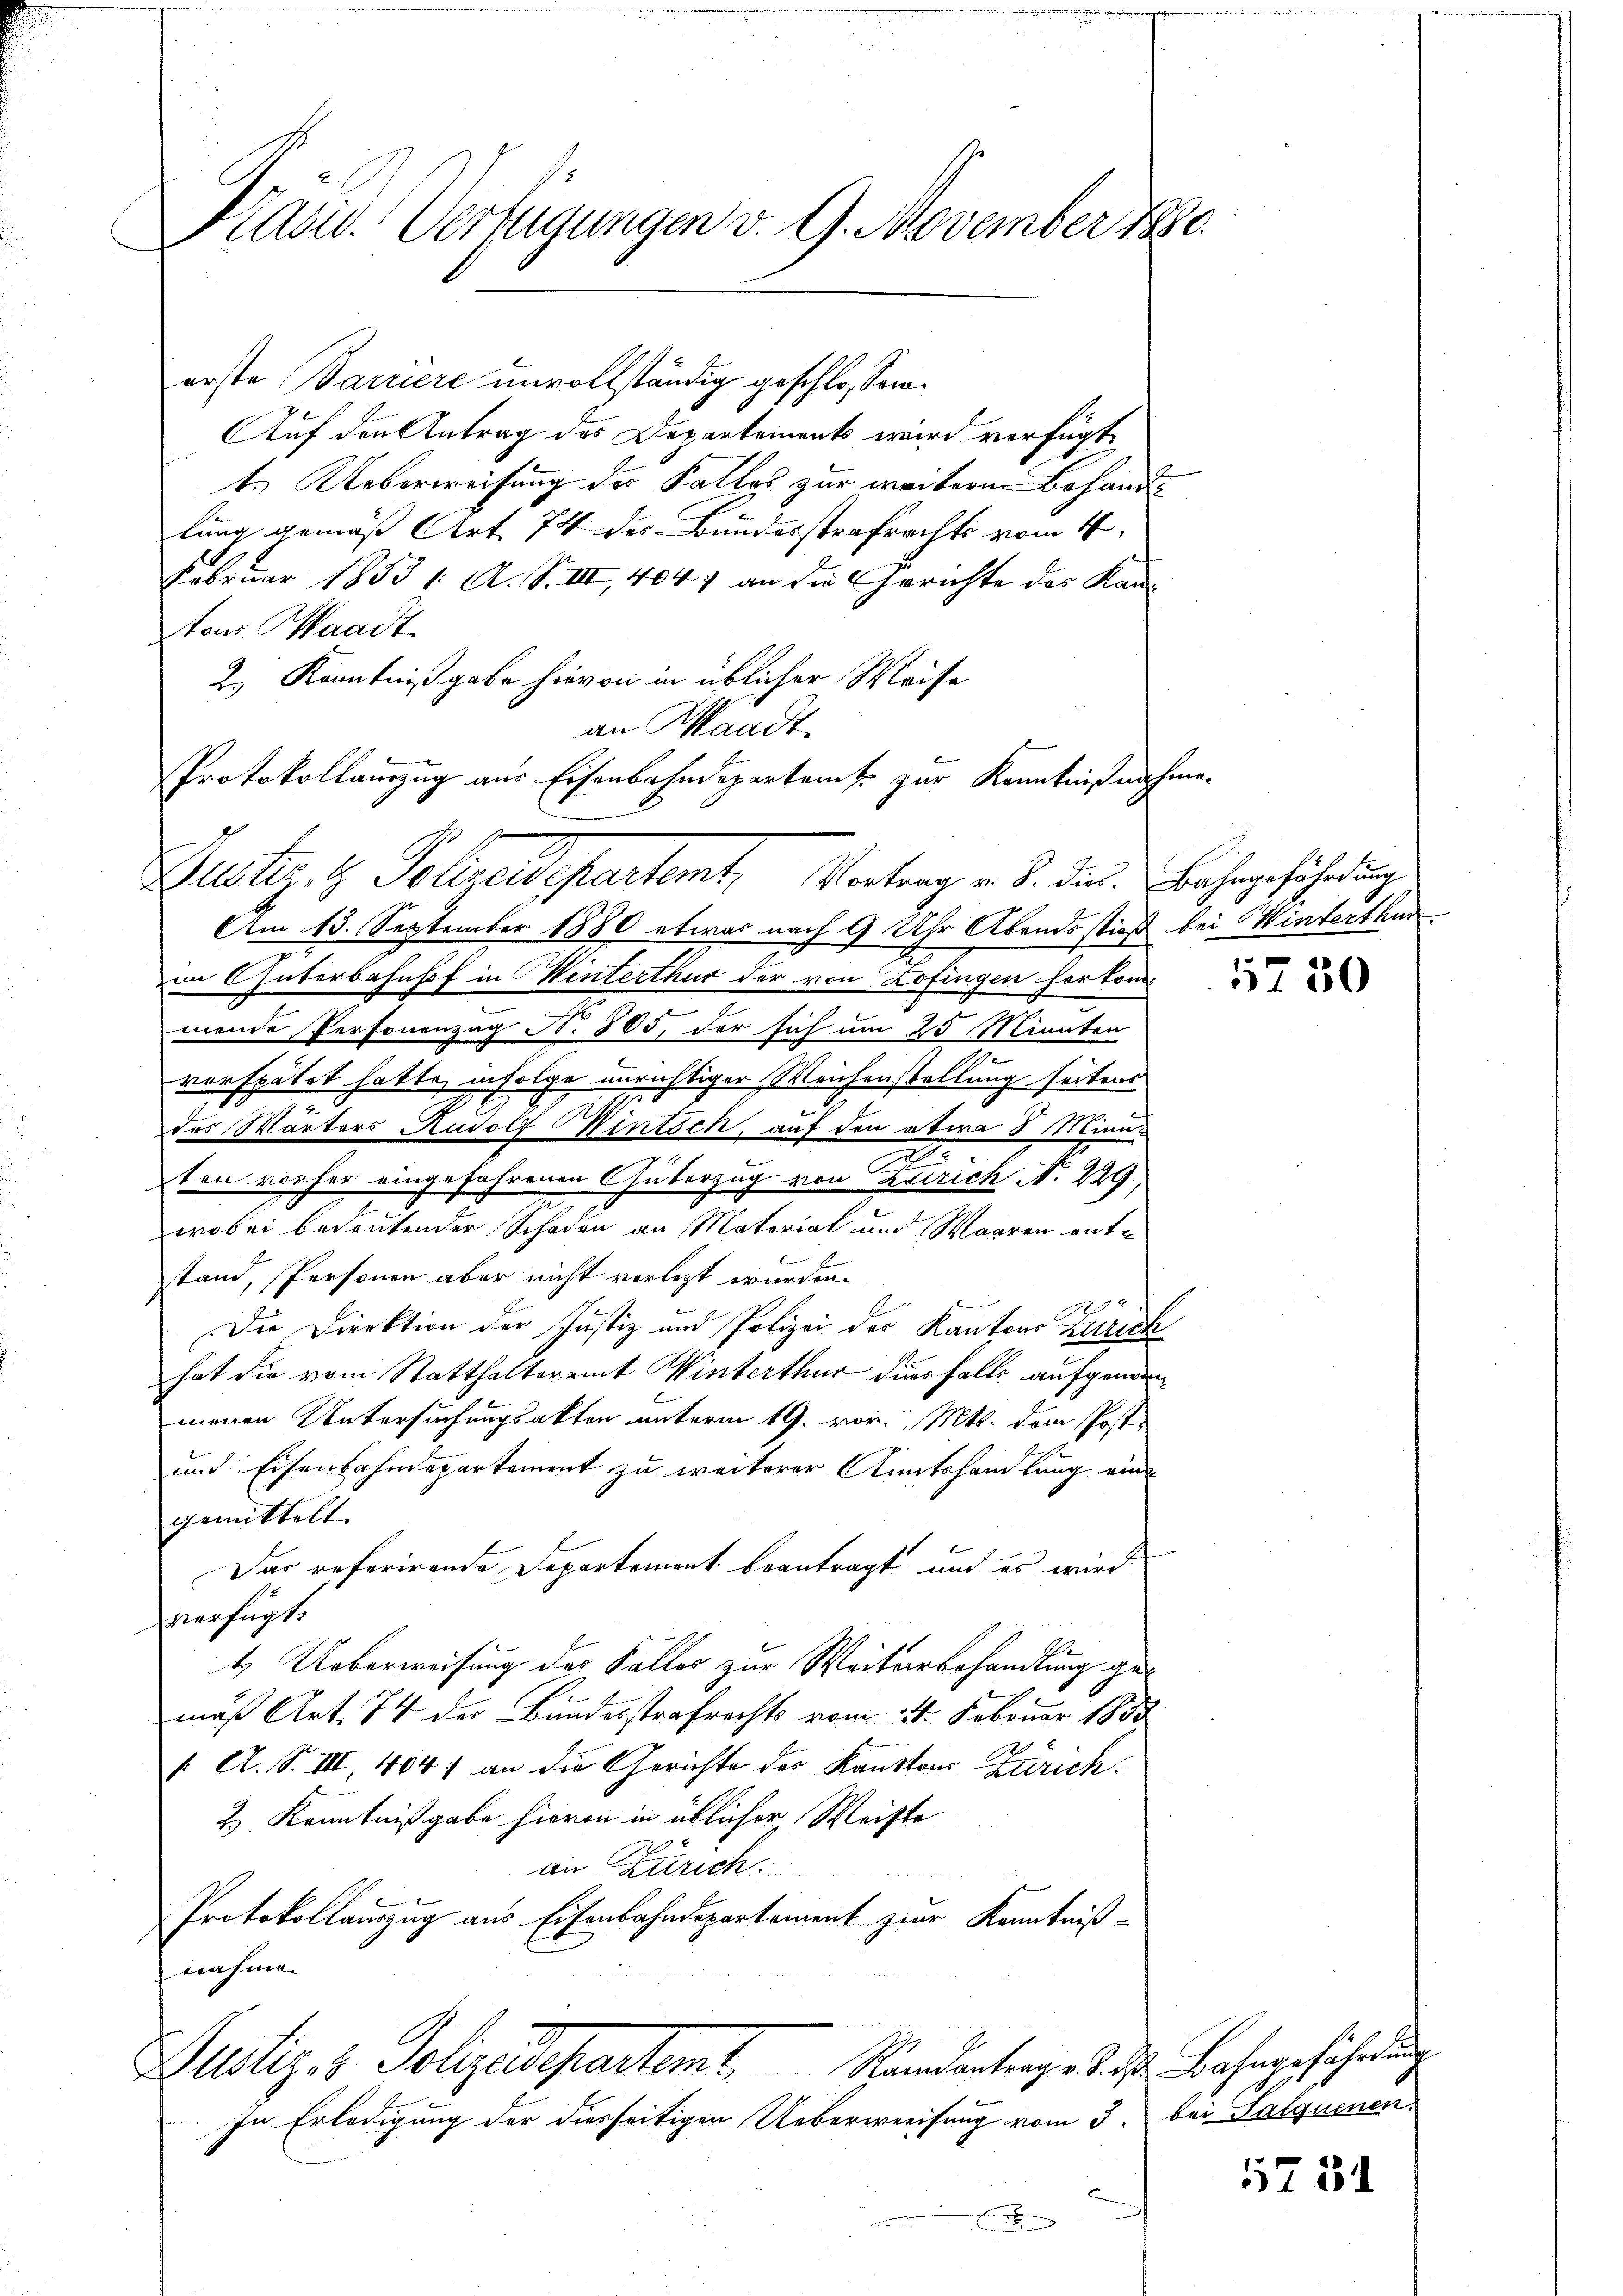
Kard. Verfügungen v. 9. November 1880.

erste Barriere unvollständig geschlossen:
Auf den Antrag des Departements wird verfügt
t. Ueberweisung des Fallos zur weitere Behandlung gemäß Art. 74 des Bundesstrafrechts vom 4.
Februar 1853 1: A. S. III, 4047 an die Gerichte des Kan-
tons Waadt
2.) Kenntnißgabe hievon in üblicher Weise
an Waadt,
Protokollauszug aus Eisenbahndepartamt zur Kenntniß nich
Am 13. September 1880 etwas nach 9 Uhr Abends stieß
im Güterbahnhof in Winterthur der von Zofingen herkom

mende Personenzag N. 505, der sich um 25 Minuten
3
vorspätet hatte, infolge unrichtiger Weichenstellung seitens
des Wärters Rudolf Wintsch, auf den etwa 8 Minn¬
2
ten vorher eingefahrenen Güterzug von Zürich. N. 229,
wobei bedeutender Schaden an Material und Waaren ente
l
n
stand, Personen aber nicht verletzt wurden.
d
Die Direktion der Justiz und Polizei der Kantons Zurick
hat die vom Statthalteramt Winterthur diesfalls aufgenom
menen Untersuchungsakten unterm 19. vor. Mts. dem Post¬
und Eisenbahndepartement zu weiterer Amtshandlung ein
gemittelt.
Der referirende Departemont beantragt, und es wird
verfügt:
4. Ueberweisung des Falles zur Weiterbehandlung gemäß Art. 74 der Bundesstrafrechts vom 11. Februar 1850
/ A. S. III, 4047 an die Gerichte der Kantons Zürich.
2.) Kenntnißgabe hievon in üblicher Weiste
an Zürich.
Protokollauszug aus Eisenbahndepartement zur Kenntniß-
nahme.

Justiz & Polizendepartemt, Vortrag v. J. die Bahngefährdung

Justiz- & Polizeidepartamt.

In Erledigung der diesseitigen Ueberweisung vom 3. bei Salquenen

bei Winterthur.

5750

Randantrag v. 3. ds Bahngefährdung

5731